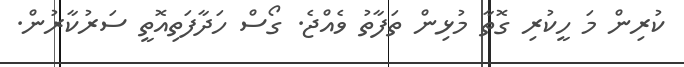
ކުރިން މަ ހީކުރި ގޮތާ މުޅިން ތަފާތު ވެއްޖެ. ގޯސް ހަދާފަތިއޮތީ ސަރުކާރުން.